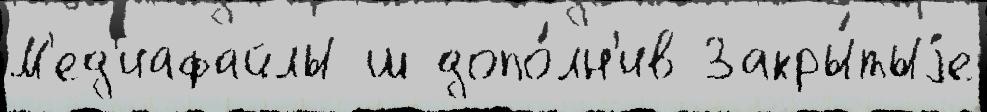
М'ед'иафайлы ш допо́лн'ив Закры́тыjе